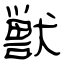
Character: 獣